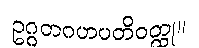
ဥဂ္ဂတဂဟပတိဝတ္ထု။